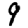
Digit: 9